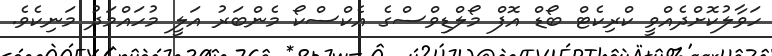
ހަވާލުކޮށްދެއްވީ ކްރިކެޓް ބޯޑް އޮފް މޯލްޑިވްސްގެ އެކްސްކޯ މެންބަރު އަލީ މުހައްމަދު މަނިކެވެ.